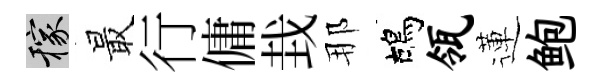
稼最行傭㘽那鴣瓴蓮鲍